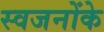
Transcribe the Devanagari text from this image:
स्वजनोंके